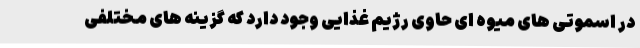
در اسموتی های میوه ای حاوی رژیم غذایی وجود دارد که گزینه های مختلفی